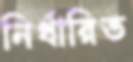
নির্ধারিত